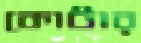
কোটার